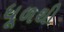
ધૂળથી